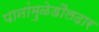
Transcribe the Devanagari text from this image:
पानांमुळेडौलदार